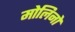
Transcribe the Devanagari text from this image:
मोलिनो